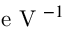
\mathrm { ~ e ~ V ~ } ^ { - 1 }